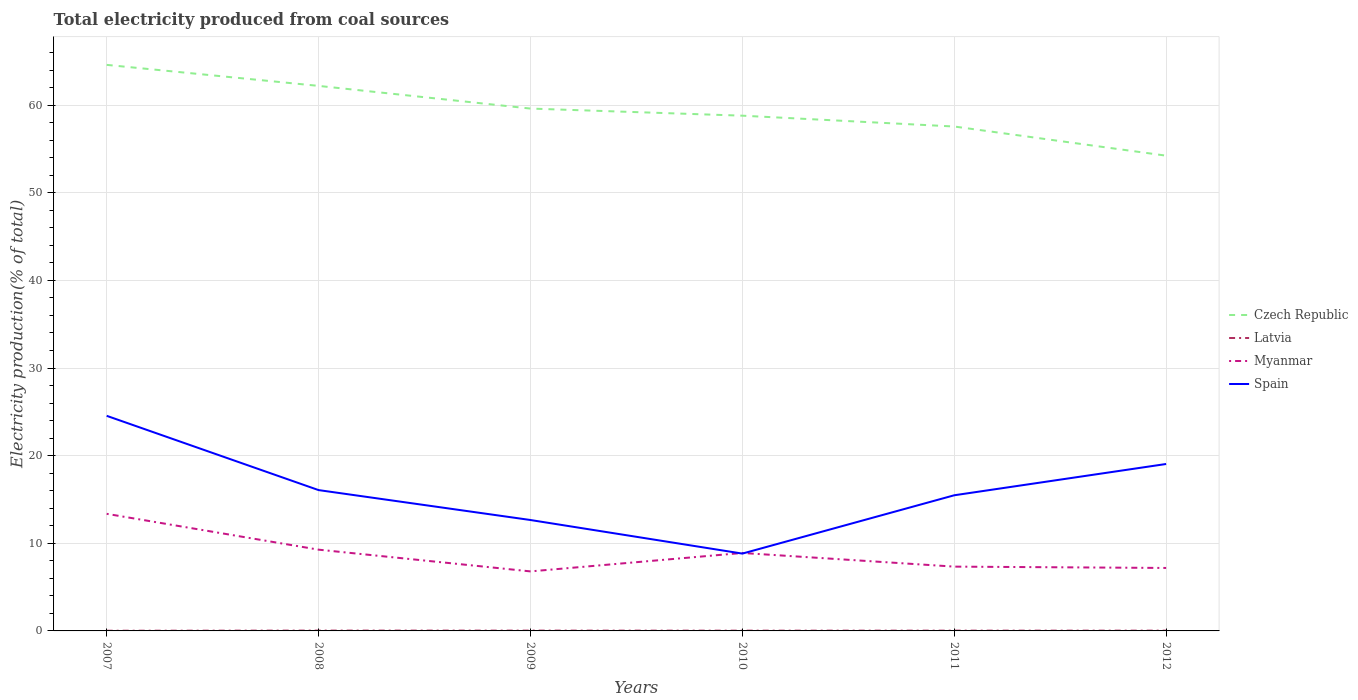
| Years | Czech Republic | Latvia | Myanmar | Spain |
 | --- | --- | --- | --- | --- |
 | 2007 | 64.6 | 0.021 | 13.4 | 24.5 |
 | 2008 | 62.2 | 0.0379 | 9.27 | 16.1 |
 | 2009 | 59.6 | 0.0359 | 6.79 | 12.7 |
 | 2010 | 58.8 | 0.0302 | 8.9 | 8.82 |
 | 2011 | 57.6 | 0.0328 | 7.34 | 15.5 |
 | 2012 | 54.2 | 0.0324 | 7.18 | 19 |